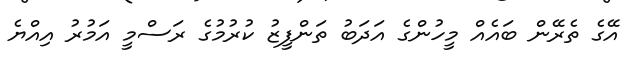
އޭގެ ތެރޭން ބައެއް މީހުންގެ އަދަބު ތަންފީޒު ކުރުމުގެ ރަސްމީ އަމުރު އިއްޔެ